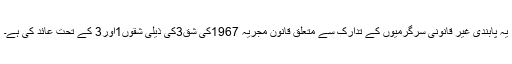
یہ پابندی غیر قانونی سرگرمیوں کے تدارک سے متعلق قانون مجریہ 1967کی شق3کی ذیلی شقوں1اور3 کے تحت عائد کی ہے۔